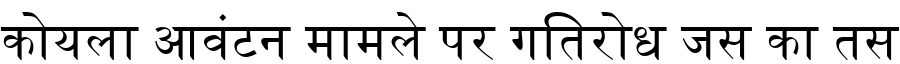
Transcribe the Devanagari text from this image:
कोयला आवंटन मामले पर गतिरोध जस का तस